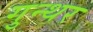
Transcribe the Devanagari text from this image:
गुन्थर